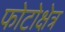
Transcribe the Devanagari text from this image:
फोटोक्षेत्र